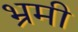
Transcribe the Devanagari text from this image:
भ्रमी